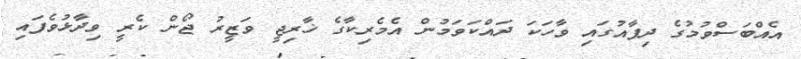
އެއްބަސްވުމުގެ ދިފާއުގައި ވާހަކަ ދައްކަވަމުން އެމެރިކާގެ ޚާރިޖީ ވަޒީރު ޖޯން ކެރީ ވިދާޅުވެފައި